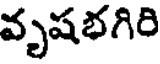
వృషభగిరి